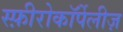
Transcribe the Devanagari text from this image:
स्फ़ीरोकॉर्पेलीज़